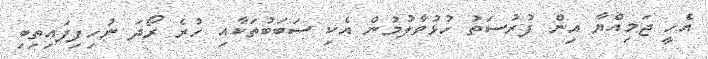
އެހީ ޖަމިއްޔާ އިން ފުރުސަތު ހުޅުވާލުމުން އެކި ސަބަބުތަކާއި ހުރެ ރޯދަ ނުހިފިފައިތިބި